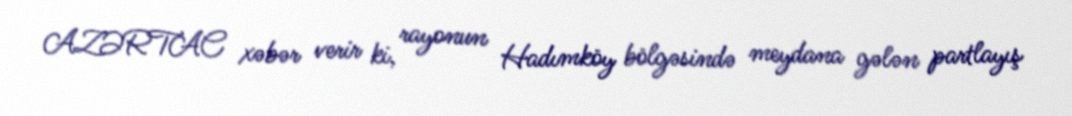
AZƏRTAC xəbər verir ki, rayonun Hadımköy bölgəsində meydana gələn partlayış